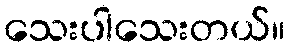
သေးပါသေးတယ်။